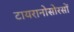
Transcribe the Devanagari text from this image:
टायरानोसोरसों